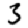
Digit: 3